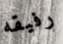
رفيقه